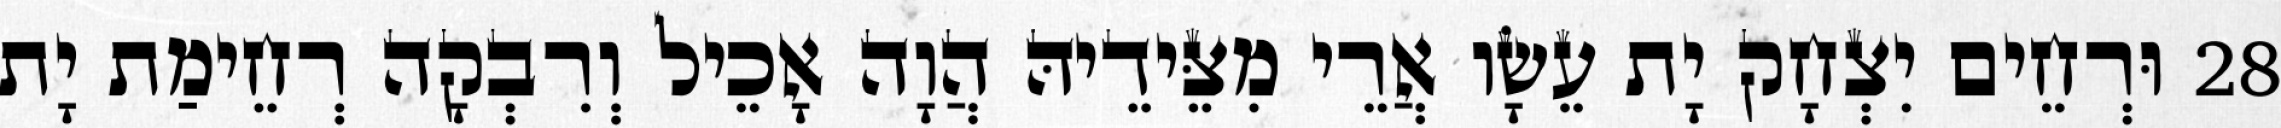
28 וּרְחֵים יִצְחָק יָת עֵשָׂו אֲרֵי מִצֵּידֵיהּ הֲוָה אָכֵיל וְרִבְקָה רְחֵימַת יָת